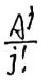
$\frac{\mathrm{A}_{j}^{i}}{j!}$